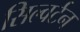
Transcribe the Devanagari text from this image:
सिल्वर्टन